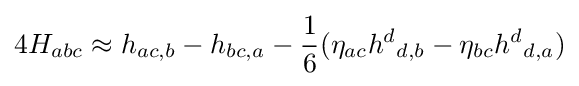
4H_{abc}\approx h_{ac,b}-h_{bc,a}-{\frac {1}{6}}(\eta _{ac}{h^{d}}_{d,b}-\eta _{bc}{h^{d}}_{d,a})